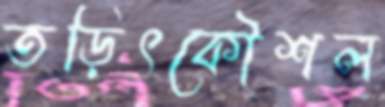
তড়িৎকৌশল